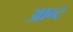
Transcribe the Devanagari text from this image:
आन्ट